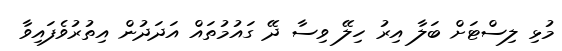
މުޅި ލިސްޓަށް ބަލާ އިރު ހިލޭ ވިސާ ދޭ ގައުމުތައް އަދަދުން އިތުރުވެފައިވާ